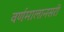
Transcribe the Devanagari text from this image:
वर्णमालानसरी